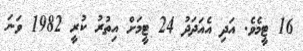
16 ޓީމެވެ. އަދި އެއަދަދު 24 ޓީމަށް އިތުރު ކުރީ 1982 ވަނަ